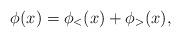
LaTeX: \begin{align*}\phi(x) = \phi_<(x) + \phi_>(x),\end{align*}